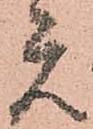
元